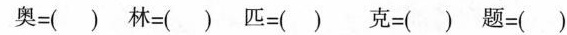
奥=() 林=() 匹=() 克=() 题=()